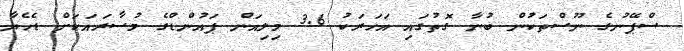
ސްޕޭނުގެ ނޫސްތަކުން ބުނާ ގޮތުގައި އަހަރަކު 3.6 މިލިއަން ޕައުންޑްގެ މުސާރައަކަށް ޑެހެޔާ